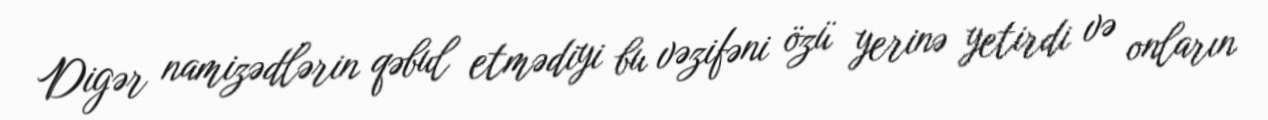
Digər namizədlərin qəbul etmədiyi bu vəzifəni özü yerinə yetirdi və onların